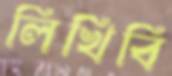
লিখিবি